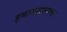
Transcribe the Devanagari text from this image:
इमामखानाचा